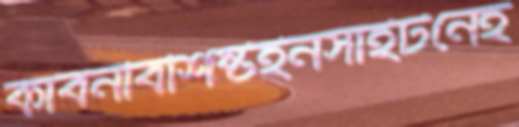
কার্বনবিশিষ্টইনসাইটনেহ